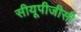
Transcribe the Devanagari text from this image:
सीयूपीजीसी